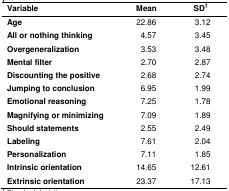
| Variable | Mean | SD† |
 | --- | --- | --- |
 | Age | 22.86 | 03.12 |
 | All or nothing thinking | 04.57 | 03.45 |
 | Overgeneralization | 03.53 | 03.48 |
 | Mental filter | 02.70 | 02.87 |
 | Discounting the positive | 02.68 | 02.74 |
 | Jumping to conclusion | 06.95 | 01.99 |
 | Emotional reasoning | 07.25 | 01.78 |
 | Magnifying or minimizing | 07.09 | 01.89 |
 | Should statements | 02.55 | 02.49 |
 | Labeling | 07.61 | 02.04 |
 | Personalization | 07.11 | 01.85 |
 | Intrinsic orientation | 14.65 | 12.61 |
 | Extrinsic orientation | 23.37 | 17.13 |